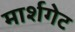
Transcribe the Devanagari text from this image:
मार्शगेट